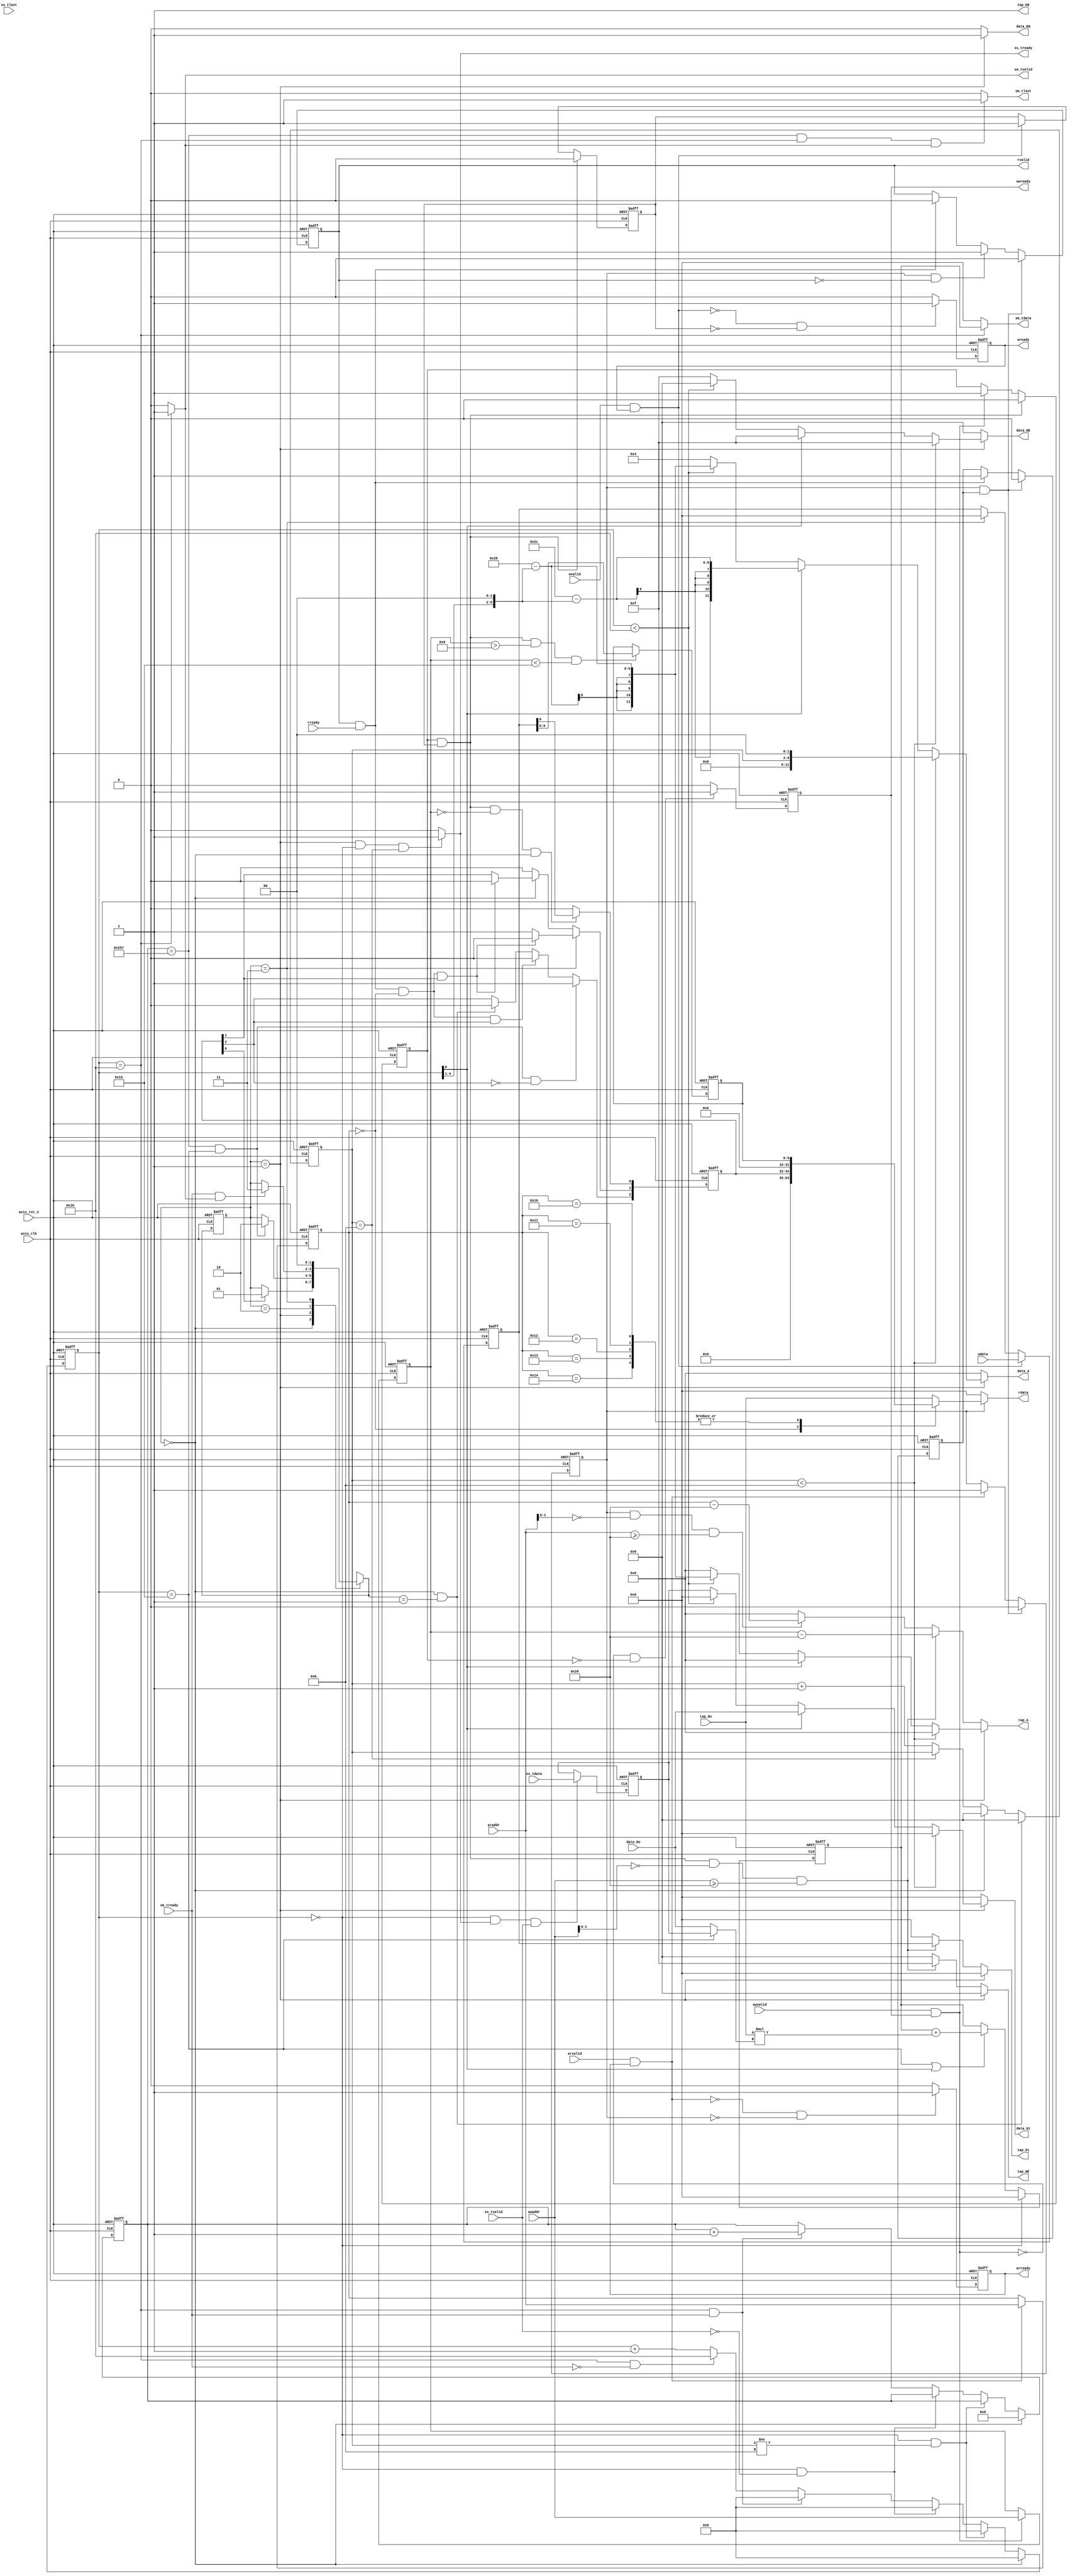
module fir 
#(  parameter pADDR_WIDTH = 12,
    parameter pDATA_WIDTH = 32,
    parameter Tape_Num    = 11
)
(
    output  wire                     awready,
    output  wire                     wready,
    input   wire                     awvalid,
    input   wire [(pADDR_WIDTH-1):0] awaddr,
    input   wire                     wvalid,
    input   wire [(pDATA_WIDTH-1):0] wdata,
    output  wire                     arready,
    input   wire                     rready,
    input   wire                     arvalid,
    input   wire [(pADDR_WIDTH-1):0] araddr,
    output  wire                     rvalid,
    output  wire [(pDATA_WIDTH-1):0] rdata,    

    input   wire                     ss_tvalid, 
    input   wire [(pDATA_WIDTH-1):0] ss_tdata, 
    input   wire                     ss_tlast, 
    output  wire                     ss_tready, 

    input   wire                     sm_tready, 
    output  wire                     sm_tvalid, 
    output  wire [(pDATA_WIDTH-1):0] sm_tdata, 
    output  wire                     sm_tlast, 
    
    // bram for tap RAM
    output  wire [3:0]               tap_WE,
    output  wire                     tap_EN,
    output  wire [(pDATA_WIDTH-1):0] tap_Di,
    output  wire [(pADDR_WIDTH-1):0] tap_A,
    input   wire [(pDATA_WIDTH-1):0] tap_Do,

    // bram for data RAM
    output  wire [3:0]               data_WE,
    output  wire                     data_EN,
    output  wire [(pDATA_WIDTH-1):0] data_Di,
    output  wire [(pADDR_WIDTH-1):0] data_A,
    input   wire [(pDATA_WIDTH-1):0] data_Do,

    input   wire                     axis_clk,
    input   wire                     axis_rst_n
);


parameter idle = 2'd0;
parameter operation = 2'd1;
parameter complete = 2'd2;
parameter done = 2'd3;

reg [1:0] state_current,state_next;
reg [4:0] cnt_cal;
reg [9:0] cnt_fir;
reg [9:0] data_length;

reg AW_ready,W_ready,AR_ready,R_valid;
reg AW_handshake,W_handshake,AR_handshake,R_handshake;

reg [pADDR_WIDTH-1:0] AW_addr,AR_addr;
reg [pDATA_WIDTH-1:0] W_data,R_data; 

reg TAP_EN;
reg [3:0] TAP_WE;
reg [(pDATA_WIDTH-1):0] TAP_DI;
reg [(pDATA_WIDTH-1):0] TAP_ADDR;

reg DATA_EN;
reg [3:0] DATA_WE;
reg [(pDATA_WIDTH-1):0] DATA_DI;
reg [(pADDR_WIDTH-1):0] DATA_ADDR;

reg signed [(pDATA_WIDTH-1):0] fir_out;

reg SS_ready;
reg SM_valid,SM_last;
reg [pDATA_WIDTH-1 : 0] SM_data;
reg [3:0] cnt_reset;
reg signed [(pDATA_WIDTH-1):0] SS_data;
reg [2:0] ap_reg_r,ap_reg_w;

assign ss_tready = SS_ready;
assign awready = AW_ready;
assign wready = W_ready;
assign arready = AR_ready;
assign rvalid = R_valid;
assign rdata = R_data;
assign sm_tvalid = SM_valid;
assign sm_tdata = SM_data;
assign sm_tlast = SM_last;

always @(posedge axis_clk or negedge axis_rst_n) begin
    if(!axis_rst_n)
        state_current <= 2'd0;
    else
        state_current <= state_next;
end

always @(*) begin
    state_next = state_current;
    case(state_current)
    idle : begin
        if(ap_reg_r[0])
            state_next = operation;
        end
    operation : begin
        if(cnt_fir == 10'd599 && cnt_cal == 5'd21)
            state_next = complete;
    end
    complete : begin
        if(sm_tready && sm_tvalid)
            state_next = done;
    end
    done : begin
        state_next = idle;
    end
    endcase
end

always@(posedge axis_clk or negedge axis_rst_n) begin
    if(!axis_rst_n) begin
        AW_ready <= 0;
        W_ready <= 0;
        AR_ready <= 0;
        R_valid <= 0;
        AW_handshake <= 0;
        W_handshake <= 0;
        AR_handshake <= 0;
        R_handshake <= 0;
        AW_addr <= 0;
        W_data <= 0;
        AR_addr <= 0;
    end
    else begin
        if(!(awvalid && awready) && !AW_handshake)
            AW_ready <= 1;
        else 
            AW_ready <= 0;

        if(!(wvalid && wready) && !W_handshake)
            W_ready <= 1;
        else
            W_ready <= 0;
        
        if(!(arvalid && arready) && !AR_handshake)
            AR_ready <= 1;
        else 
            AR_ready <= 0;

        if(AR_handshake && R_handshake)
            R_valid <= 0;
        else if(AR_handshake && !rvalid)
            R_valid <= 1;
        else if(rvalid && rready)
            R_valid <= 0;
        else 
            R_valid <= R_valid;

        if(AW_handshake && W_handshake)
            AW_handshake <= 0;
        else if(awvalid && awready)
            AW_handshake <= 1;
        
        if(AW_handshake && W_handshake)
            W_handshake <= 0;
        else if(wvalid && wready)
            W_handshake <= 1;
        
        if(AR_handshake && R_handshake)
            AR_handshake <= 0;
        else if(arvalid && arready)
            AR_handshake <= 1;

        if(AR_handshake && R_handshake)
            R_handshake <= 0;
        else if(rvalid && rready)
            R_handshake <= 1;

        if(awvalid && awready)
            AW_addr <= awaddr;

        if(wvalid && wready)
            W_data <= wdata;
        else if(state_current == done)
            W_data <= 0;

        if(arvalid && arready)
            AR_addr <= araddr;
    end
end

always @(posedge axis_clk or negedge axis_rst_n) begin
    if(!axis_rst_n) begin
        ap_reg_r <= 3'b100;
        data_length <= 0;
    end
    else begin
        ap_reg_r <= ap_reg_w;
        if(AW_handshake && W_handshake && AW_addr > 12'h9 && AW_addr < 12'h15) begin
            data_length <= W_data;
        end

    end
end

always @(*) begin
    ap_reg_w = ap_reg_r;

    //ap_start
    if(AW_handshake && W_handshake && (AW_addr == 12'h0) && (state_current == idle)) begin
        ap_reg_w[0] = W_data;
    end
    else begin
        ap_reg_w[0] = 0;
    end

    //ap_done
    if(state_current == done) begin 
        if(rvalid && rready && AR_addr == 12'h00 && ap_reg_r[1])
            ap_reg_w[1] = 0;
        else
            ap_reg_w[1] = 1;
    end
    else if(state_current == idle) begin
        if(rvalid && rready && AR_addr == 12'h00 && ap_reg_r[1])
            ap_reg_w[1] = 0;
        else
            ap_reg_w[1] = ap_reg_r[1];
    end
    else 
        ap_reg_w[1] = 0;

    //ap_idle
    // if(cnt_fir == 599 && cnt_cal == 22)
    //     ap_reg_w[2] = 1;
    if(cnt_fir == 599 && cnt_cal == 21 && !ap_reg_r[2])
        ap_reg_w[2] = 1;
    else if(rvalid && rready && AR_addr == 12'h00 && ap_reg_r[2])
        ap_reg_w[2] = 0;
    else if(state_current == idle && state_next == operation)
        ap_reg_w[2] = 0;
     
end

always @(*) begin
    R_data = 0;
    if(AR_handshake) begin
        case(AR_addr)
        12'h00 : begin
            R_data = {29'd0,ap_reg_r};
        end
        12'h10,
        12'h11,
        12'h12,
        12'h13,
        12'h14 : begin
            R_data = {22'd0,data_length};
        end
        default : begin
            R_data = tap_Do;
        end
        endcase
    end
end

assign tap_WE = TAP_WE;
assign tap_EN = TAP_EN;
assign tap_Di = TAP_DI;
assign tap_A = TAP_ADDR;
assign data_Di = DATA_DI;
assign data_A = DATA_ADDR;
assign data_WE = DATA_WE;
assign data_EN = DATA_EN;

always @(*) begin
    TAP_WE = 0;
    TAP_EN = 0;
    TAP_ADDR = 0;
    TAP_DI = 0;
    DATA_WE = 0;
    DATA_EN = 0;
    DATA_DI = 0;
    DATA_ADDR = 0;

    if(state_current == operation) begin
        TAP_EN = 1;
        DATA_EN = 1;

        if(cnt_reset < 4'd11) begin 
            DATA_ADDR = cnt_reset << 2 ;
            DATA_DI = 0;
            DATA_WE = 4'b1111;
            DATA_EN = 1;
        end
        else if(cnt_cal[0]) begin     //odd
            DATA_ADDR = 44 - ( (cnt_cal >> 1) << 2);
            DATA_WE = 4'b1111;
            DATA_DI = data_Do;
        end
        else if(cnt_cal < 22)begin    //even
            DATA_ADDR = 40 - ( (cnt_cal >> 1) << 2);
            TAP_ADDR = DATA_ADDR;
        end 
        else begin
            DATA_ADDR = 4;
            DATA_WE = 4'b1111;
            DATA_DI = SS_data;
        end
    end
    else begin
        TAP_EN = 1;
        if(AW_handshake && W_handshake && awaddr[1:0] == 2'd0 && awaddr >= 12'h20) begin
            TAP_WE = 4'b1111;
            TAP_ADDR = AW_addr - 12'h20;
            TAP_DI = W_data;
        end
        else if(AR_handshake && araddr[1:0] == 2'd0 && araddr >= 12'h20) begin
            TAP_ADDR = AR_addr - 12'h20;
        end
    end
end


wire [(pDATA_WIDTH-1) : 0] mult_in;
assign mult_in = (cnt_cal == 21) ? SS_data : data_Do;

// always @(posedge axis_clk or negedge axis_rst_n) begin
//     if(!axis_rst_n) begin
//         fir_out <= 0;
//     end
//     else if(cnt_cal == 0) begin
//         fir_out <= 0;
//     end
//     else if(cnt_cal == 21) begin
//         fir_out <= fir_out + tap_Do * SS_data;
//     end
//     else if(cnt_cal[0])begin
//         fir_out <= fir_out + tap_Do * data_Do;
//     end
//     else
//         fir_out <= fir_out;
// end

always @(posedge axis_clk or negedge axis_rst_n) begin
    if(!axis_rst_n) begin
        fir_out <= 0;
    end
    else if(cnt_cal == 0) begin
        fir_out <= 0;
    end
    else if(cnt_cal == 21 || cnt_cal[0]) begin
        fir_out <= fir_out + tap_Do * mult_in;
    end
    else
        fir_out <= fir_out;
end



always @(*) begin
    SS_ready = 0;
    SM_valid = 0;
    SM_data = 0;
    SM_last = 0;
    
    if(state_current == operation && cnt_cal == 5'd0 && cnt_reset == 4'd11) begin
        SS_ready = 1;
    end

    if(cnt_cal == 22) begin
        SM_valid = 1;
        SM_data = fir_out;
    end
        
    if(cnt_fir == 599 && cnt_cal == 22 && sm_tvalid)
        SM_last = 1;
end


always @(posedge axis_clk or negedge axis_rst_n) begin
    if(!axis_rst_n) begin
        SS_data <= 0;
    end
    else if(cnt_cal == 0 && ss_tready && ss_tvalid) begin
        SS_data <= ss_tdata;
    end
end

always @(posedge axis_clk or negedge axis_rst_n) begin
    if(!axis_rst_n) begin
        cnt_cal <= 0;
        cnt_fir <= 0;
    end
    else if(state_current == idle) begin
        cnt_cal <= 0;
        cnt_fir <= 0;
    end
    else if(cnt_cal == 0 && cnt_reset != 4'd11) begin
        cnt_cal <= 0;
    end
    else if(cnt_cal == 0 && !ss_tvalid ) begin
        cnt_cal <= 0;
    end
    else if(cnt_cal == 5'd22 && sm_tready) begin
        cnt_cal <= 0;
        cnt_fir = cnt_fir + 1;
    end
    else if(cnt_cal == 5'd22 & !sm_tready) begin
        cnt_cal <= 5'd22;
    end
    else begin
        cnt_cal <= cnt_cal + 1;
    end
end

always @(posedge axis_clk or negedge axis_rst_n) begin
    if(!axis_rst_n) begin
        cnt_reset <= 0;
    end
    else if(state_current == idle && state_next == operation) begin
        cnt_reset <= 0;
    end
    else if(state_current == idle) begin
        cnt_reset <= 0;
    end
    else if(cnt_reset == 4'd11) begin
        cnt_reset <= cnt_reset;
    end
    else begin
        cnt_reset <= cnt_reset + 1;
    end
end

endmodule